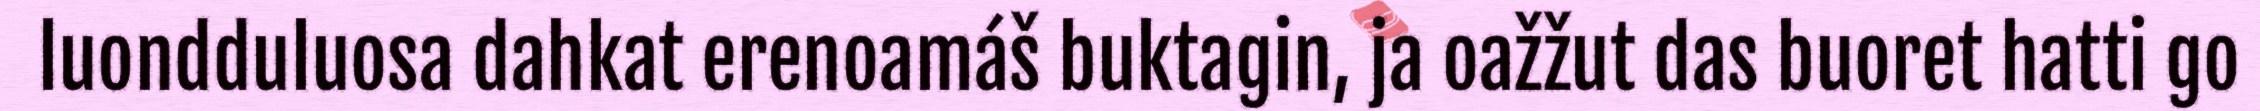
luondduluosa dahkat erenoamáš buktagin, ja oažžut das buoret hatti go